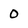
Character: O